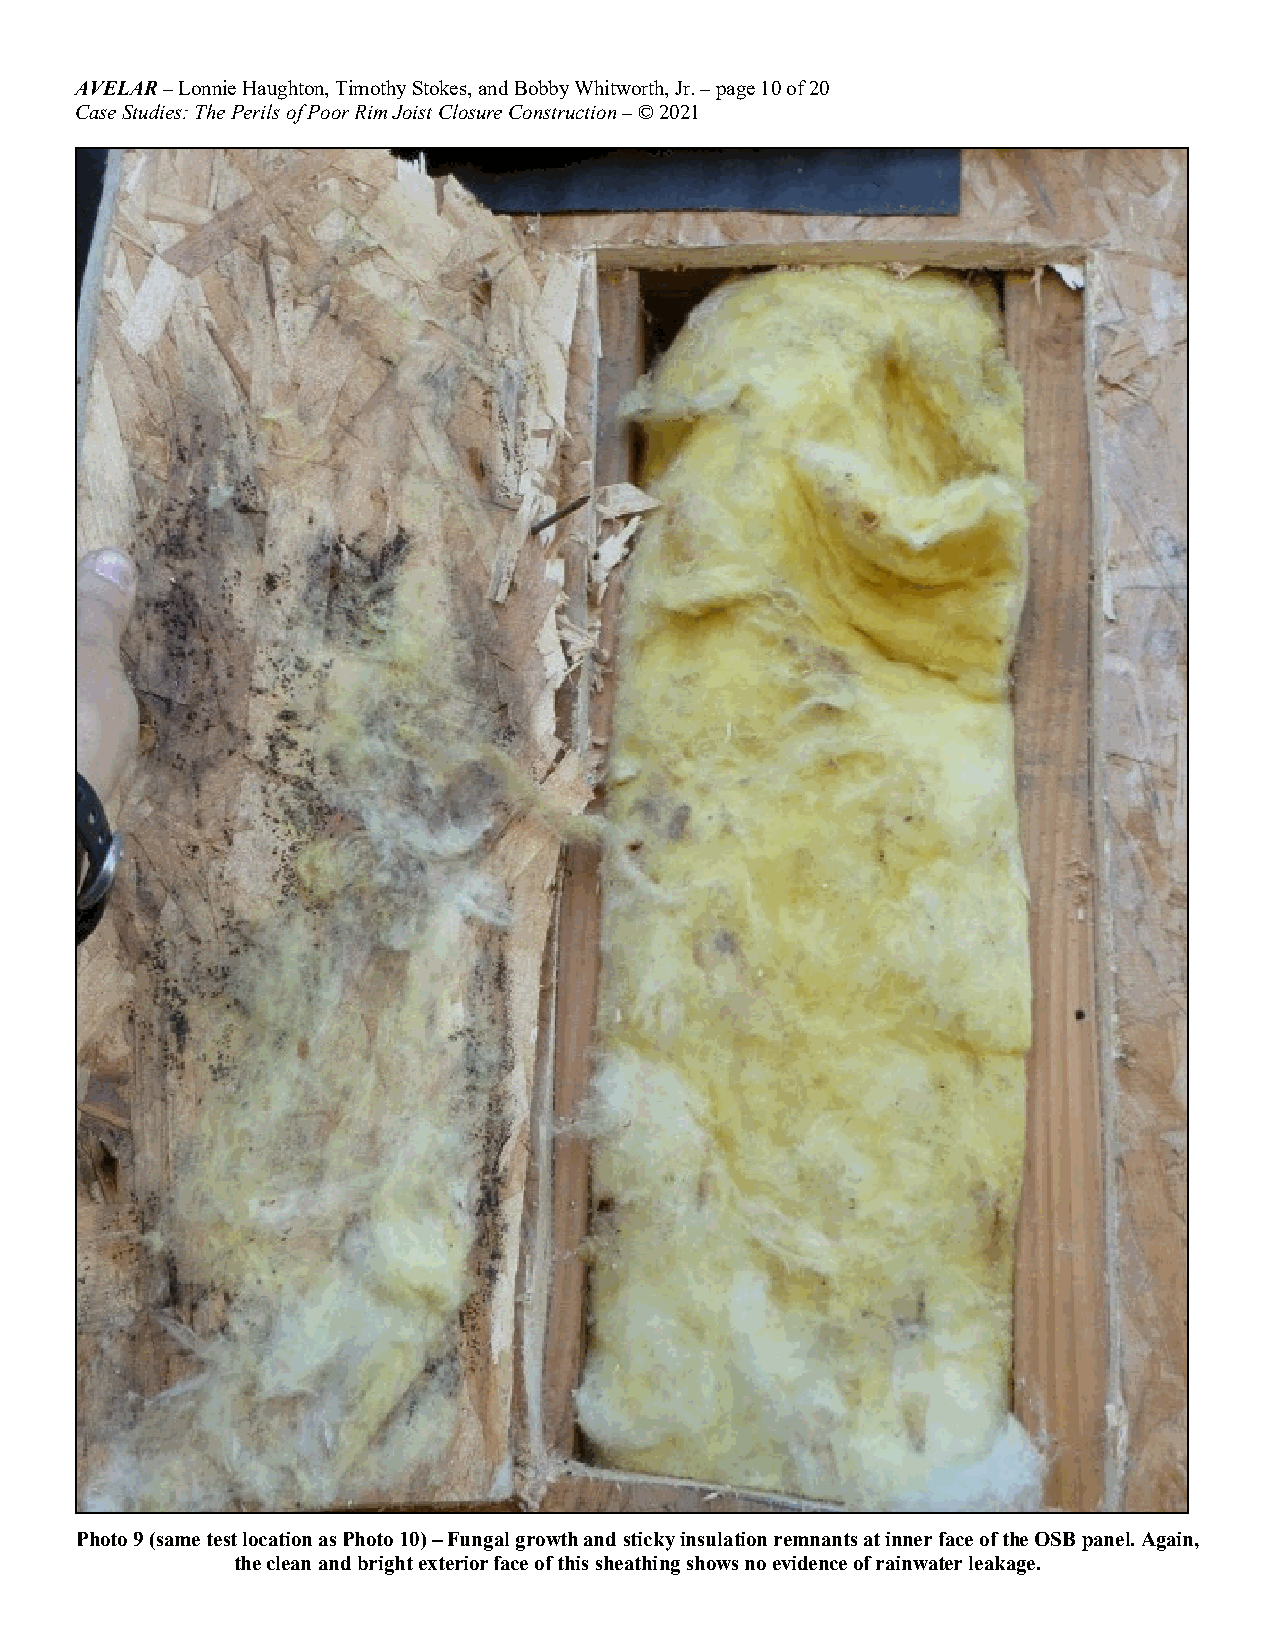
AVELAR – Lonnie Haughton, Timothy Stokes, and Bobby Whitworth, Jr. – page 10 of 20
 Case Studies: The Perils of Poor Rim Joist Closure Construction – © 2021
 Photo 9 (same test location as Photo 10) – Fungal growth and sticky insulation remnants at inner face of the OSB panel. Again,
 the clean and bright exterior face of this sheathing shows no evidence of rainwater leakage.